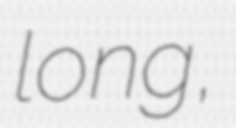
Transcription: long,